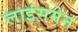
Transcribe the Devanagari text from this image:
लाइंसमेन